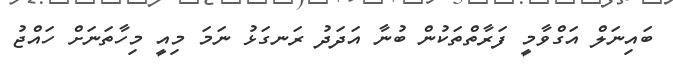
ބައިނަލް އަގްވާމީ ފަރާތްތަކުން ބުނާ އަދަދު ރަނގަޅު ނަމަ މިއީ މިހާތަނަށް ހައްޖު